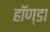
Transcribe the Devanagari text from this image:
हॉण्डा